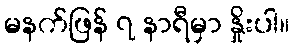
မနက်ဖြန် ၇ နာရီမှာ နှိုးပါ။